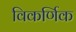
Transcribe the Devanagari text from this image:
विकर्णिक